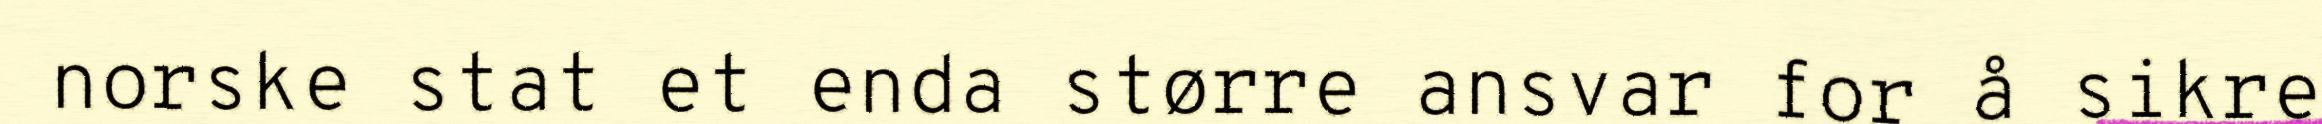
norske stat et enda større ansvar for å sikre